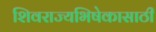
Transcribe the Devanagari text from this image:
शिवराज्यभिषेकासाठी